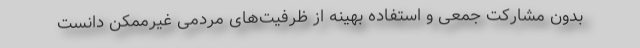
بدون مشارکت جمعی و استفاده بهینه از ظرفیت‌های مردمی غیرممکن دانست